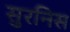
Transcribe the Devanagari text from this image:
सुरनिस